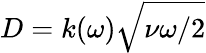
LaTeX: D=k(\omega)\sqrt{\nu\omega/2}